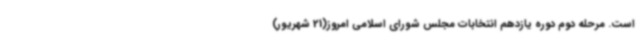
است. مرحله دوم دوره یازدهم انتخابات مجلس شورای اسلامی امروز(21 شهریور)